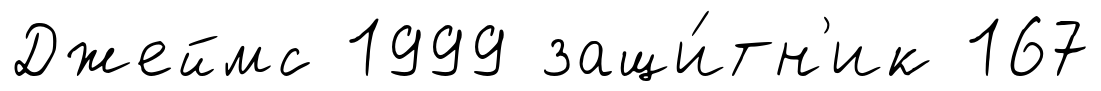
Джеймс 1999 защи́тн'ик 167